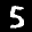
Label: 5